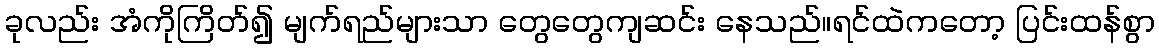
ခုလည်း အံကိုကြိတ်၍ မျက်ရည်များသာ တွေတွေကျဆင်း နေသည်။ရင်ထဲကတော့ ပြင်းထန်စွာ